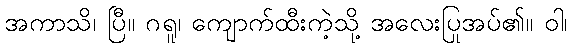
အကာသိ၊ ပြီ။ ဂရူ၊ ကျောက်ထီးကဲ့သို့ အလေးပြုအပ်၏။ ဝါ၊